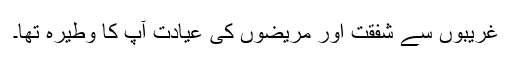
غریبوں سے شفقت اور مریضوں کی عیادت آپ کا وطیرہ تھا۔